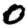
Digit: 0